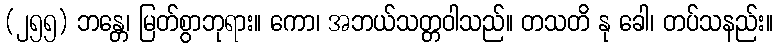
(၂၅၅) ဘန္တေ၊ မြတ်စွာဘုရား။ ကော၊ အဘယ်သတ္တဝါသည်။ တသတိ နု ခေါ၊ တပ်သနည်း။